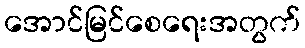
အောင်မြင်စေရေးအတွက်